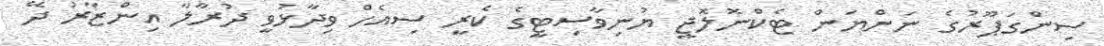
ސިންގަޕޫރުގެ ނަންޔަން ޓެކްނޮލޮޖީ ޔުނިވާސިޓީގެ ކެރީ ސިއެހް ވިދާޅުވީ ދުރާލާ އިންޒާރު ދޭ